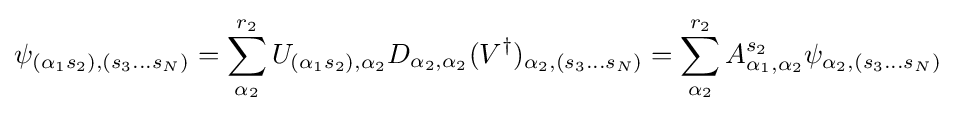
\psi _{(\alpha _{1}s_{2}),(s_{3}...s_{N})}=\sum _{\alpha _{2}}^{r_{2}}U_{(\alpha _{1}s_{2}),\alpha _{2}}D_{\alpha _{2},\alpha _{2}}(V^{\dagger })_{\alpha _{2},(s_{3}...s_{N})}=\sum _{\alpha _{2}}^{r_{2}}A_{\alpha _{1},\alpha _{2}}^{s_{2}}\psi _{\alpha _{2},(s_{3}...s_{N})}